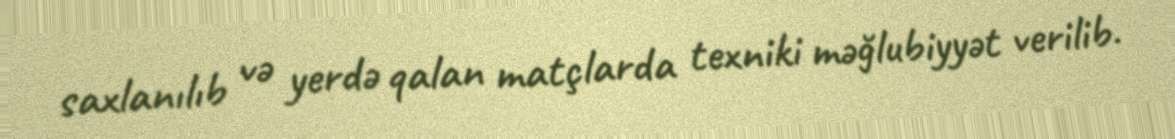
saxlanılıb və yerdə qalan matçlarda texniki məğlubiyyət verilib.